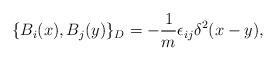
LaTeX: \begin{align*}\{B_i(x),B_j(y)\}_D = -\frac{1}{m} \epsilon_{ij}\delta^2(x-y),\end{align*}